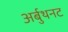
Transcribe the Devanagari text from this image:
अर्बुथनट